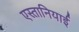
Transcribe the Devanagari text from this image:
एस्तानियाई